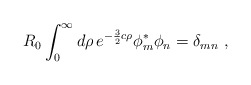
\begin{align*}R_0 \int_0^\infty d\rho \, e^{-\frac{3}{2} c\rho} \phi_m^\ast \phi_n = \delta_{mn}~,\end{align*}